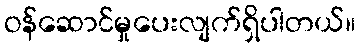
ဝန်ဆောင်မှုပေးလျက်ရှိပါတယ်။